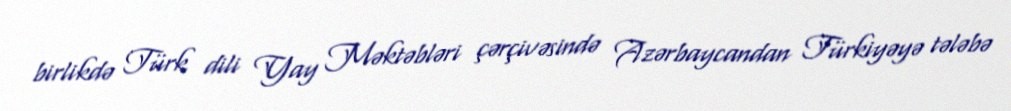
birlikdə Türk dili Yay Məktəbləri çərçivəsində Azərbaycandan Türkiyəyə tələbə